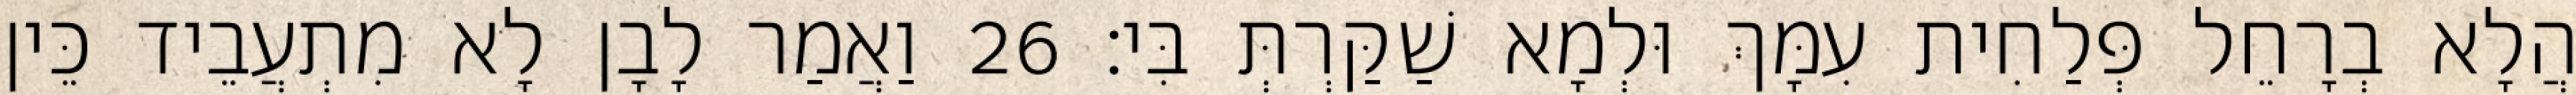
הֲלָא בְרָחֵל פְּלַחִית עִמָּךְ וּלְמָא שַׁקַּרְתְּ בִּי׃ 26 וַאֲמַר לָבָן לָא מִתְעֲבֵיד כֵּין